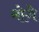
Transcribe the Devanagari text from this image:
मोगे